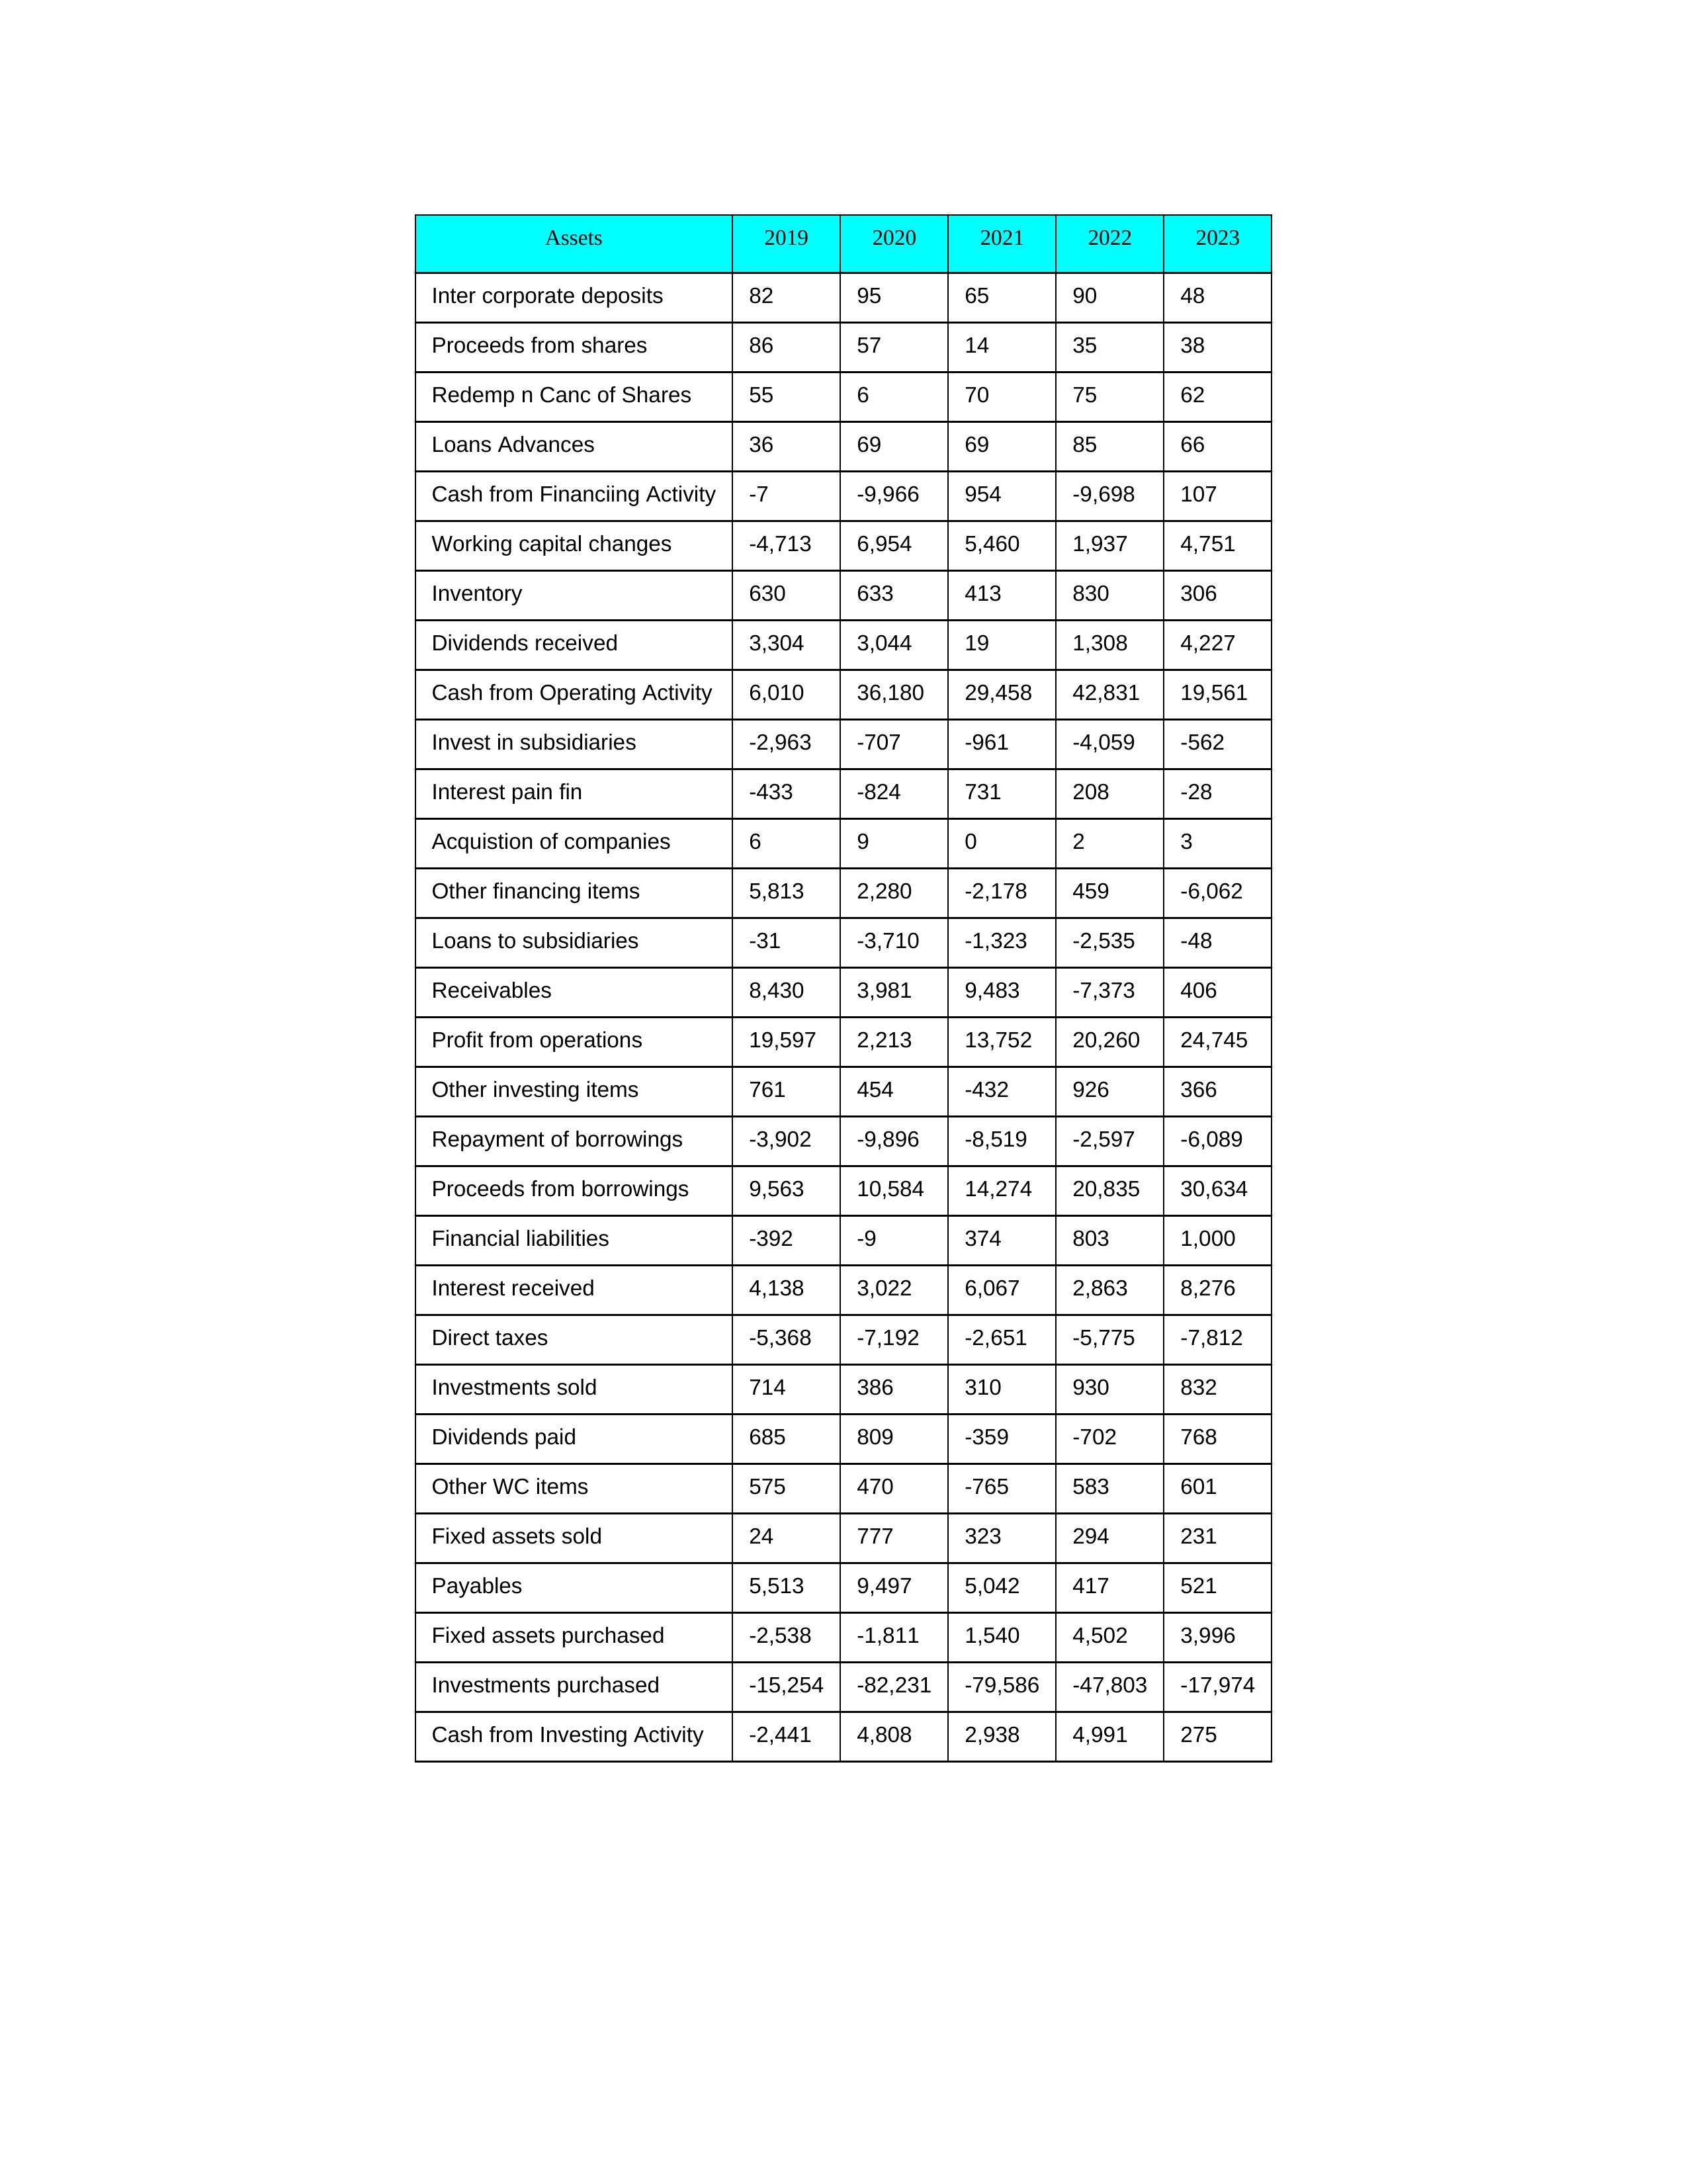
gt_parse: 2019: Cash from Operating Activity: 6,010
Profit from operations: 19,597
Receivables: 8,430
Inventory: 630
Payables: 5,513
Loans Advances: 36
Other WC items: 575
Working capital changes: -4,713
Direct taxes: -5,368
Cash from Investing Activity: -2,441
Fixed assets purchased: -2,538
Fixed assets sold: 24
Investments purchased: -15,254
Investments sold: 714
Interest received: 4,138
Dividends received: 3,304
Invest in subsidiaries: -2,963
Loans to subsidiaries: -31
Redemp n Canc of Shares: 55
Acquistion of companies: 6
Inter corporate deposits: 82
Other investing items: 761
Cash from Financiing Activity: -7
Proceeds from shares: 86
Proceeds from borrowings: 9,563
Repayment of borrowings: -3,902
Interest pain fin: -433
Dividends paid: 685
Financial liabilities: -392
Other financing items: 5,813
2020: Cash from Operating Activity: 36,180
Profit from operations: 2,213
Receivables: 3,981
Inventory: 633
Payables: 9,497
Loans Advances: 69
Other WC items: 470
Working capital changes: 6,954
Direct taxes: -7,192
Cash from Investing Activity: 4,808
Fixed assets purchased: -1,811
Fixed assets sold: 777
Investments purchased: -82,231
Investments sold: 386
Interest received: 3,022
Dividends received: 3,044
Invest in subsidiaries: -707
Loans to subsidiaries: -3,710
Redemp n Canc of Shares: 6
Acquistion of companies: 9
Inter corporate deposits: 95
Other investing items: 454
Cash from Financiing Activity: -9,966
Proceeds from shares: 57
Proceeds from borrowings: 10,584
Repayment of borrowings: -9,896
Interest pain fin: -824
Dividends paid: 809
Financial liabilities: -9
Other financing items: 2,280
2021: Cash from Operating Activity: 29,458
Profit from operations: 13,752
Receivables: 9,483
Inventory: 413
Payables: 5,042
Loans Advances: 69
Other WC items: -765
Working capital changes: 5,460
Direct taxes: -2,651
Cash from Investing Activity: 2,938
Fixed assets purchased: 1,540
Fixed assets sold: 323
Investments purchased: -79,586
Investments sold: 310
Interest received: 6,067
Dividends received: 19
Invest in subsidiaries: -961
Loans to subsidiaries: -1,323
Redemp n Canc of Shares: 70
Acquistion of companies: 0
Inter corporate deposits: 65
Other investing items: -432
Cash from Financiing Activity: 954
Proceeds from shares: 14
Proceeds from borrowings: 14,274
Repayment of borrowings: -8,519
Interest pain fin: 731
Dividends paid: -359
Financial liabilities: 374
Other financing items: -2,178
2022: Cash from Operating Activity: 42,831
Profit from operations: 20,260
Receivables: -7,373
Inventory: 830
Payables: 417
Loans Advances: 85
Other WC items: 583
Working capital changes: 1,937
Direct taxes: -5,775
Cash from Investing Activity: 4,991
Fixed assets purchased: 4,502
Fixed assets sold: 294
Investments purchased: -47,803
Investments sold: 930
Interest received: 2,863
Dividends received: 1,308
Invest in subsidiaries: -4,059
Loans to subsidiaries: -2,535
Redemp n Canc of Shares: 75
Acquistion of companies: 2
Inter corporate deposits: 90
Other investing items: 926
Cash from Financiing Activity: -9,698
Proceeds from shares: 35
Proceeds from borrowings: 20,835
Repayment of borrowings: -2,597
Interest pain fin: 208
Dividends paid: -702
Financial liabilities: 803
Other financing items: 459
2023: Cash from Operating Activity: 19,561
Profit from operations: 24,745
Receivables: 406
Inventory: 306
Payables: 521
Loans Advances: 66
Other WC items: 601
Working capital changes: 4,751
Direct taxes: -7,812
Cash from Investing Activity: 275
Fixed assets purchased: 3,996
Fixed assets sold: 231
Investments purchased: -17,974
Investments sold: 832
Interest received: 8,276
Dividends received: 4,227
Invest in subsidiaries: -562
Loans to subsidiaries: -48
Redemp n Canc of Shares: 62
Acquistion of companies: 3
Inter corporate deposits: 48
Other investing items: 366
Cash from Financiing Activity: 107
Proceeds from shares: 38
Proceeds from borrowings: 30,634
Repayment of borrowings: -6,089
Interest pain fin: -28
Dividends paid: 768
Financial liabilities: 1,000
Other financing items: -6,062